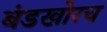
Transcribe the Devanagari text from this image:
बंडखोरच